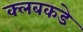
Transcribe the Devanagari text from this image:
क्लबकडे